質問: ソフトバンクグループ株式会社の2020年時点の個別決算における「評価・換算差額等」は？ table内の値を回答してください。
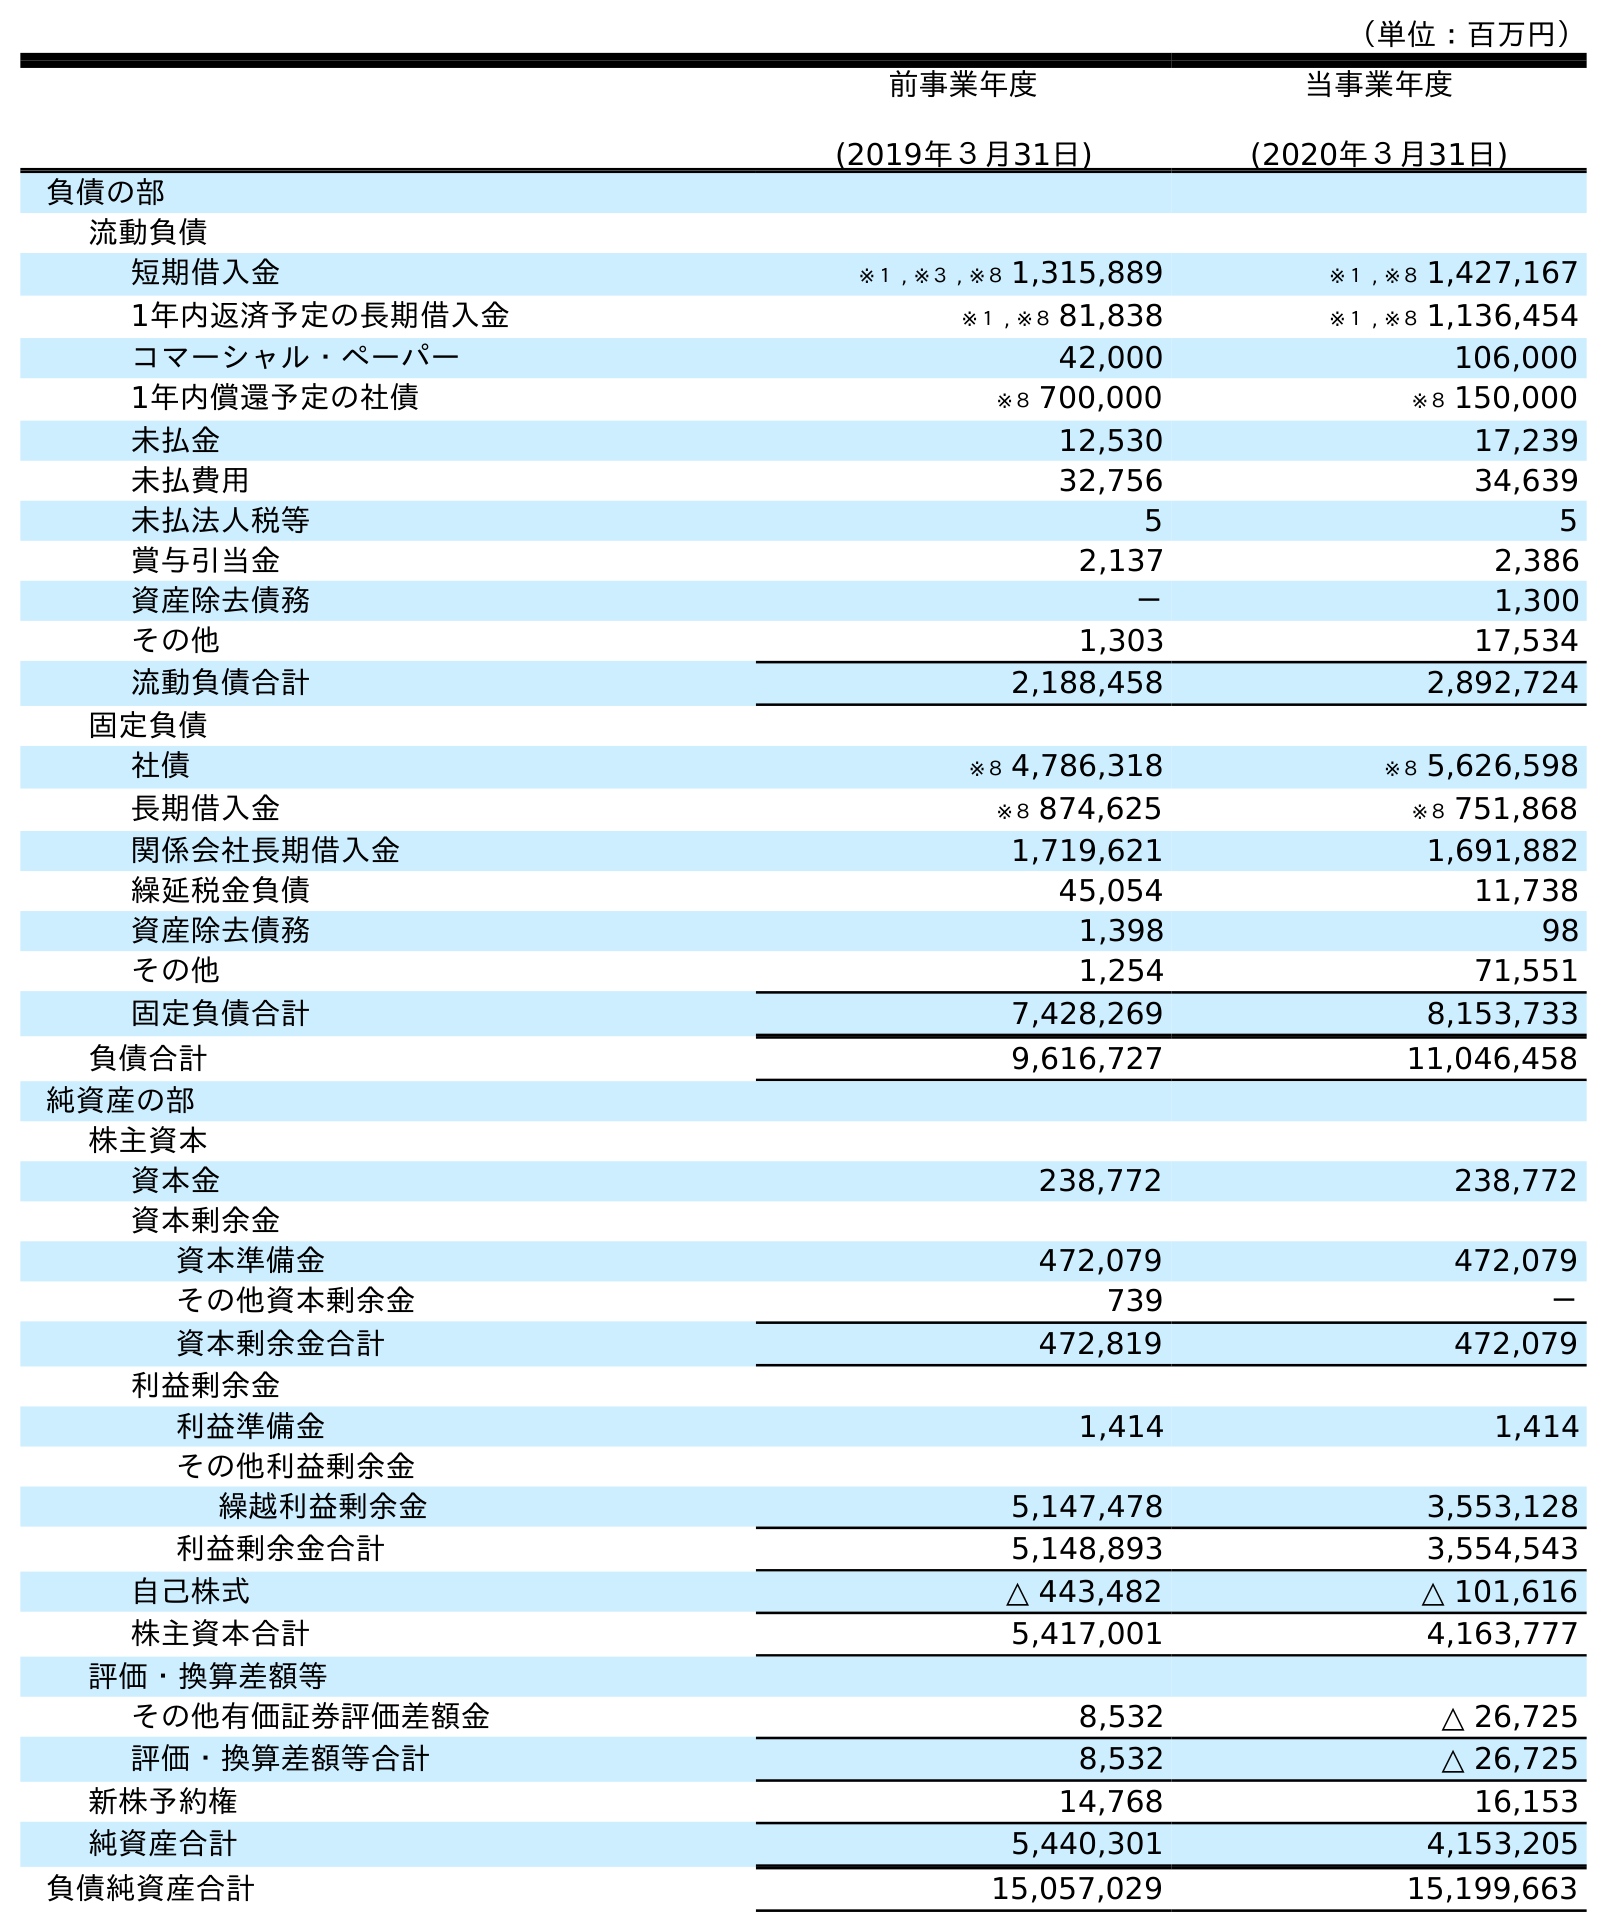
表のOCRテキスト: （単位：百万円） 前事業年度 (2019年３月31日) 当事業年度 (2020年３月31日) 負債の部 流動負債 短期借入金 ※１ , ※３ , ※８ 1,315,889 ※１ , ※８ 1,427,167 1年内返済予定の長期借入金 ※１ , ※８ 81,838 ※１ , ※８ 1,136,454 コマーシャル・ペーパー 42,000 106,000 1年内償還予定の社債 ※８ 700,000 ※８ 150,000 未払金 12,530 17,239 未払費用 32,756 34,639 未払法人税等 5 5 賞与引当金 2,137 2,386 資産除去債務 － 1,300 その他 1,303 17,534 流動負債合計 2,188,458 2,892,724 固定負債 社債 ※８ 4,786,318 ※８ 5,626,598 長期借入金 ※８ 874,625 ※８ 751,868 関係会社長期借入金 1,719,621 1,691,882 繰延税金負債 45,054 11,738 資産除去債務 1,398 98 その他 1,254 71,551 固定負債合計 7,428,269 8,153,733 負債合計 9,616,727 11,046,458 純資産の部 株主資本 資本金 238,772 238,772 資本剰余金 資本準備金 472,079 472,079 その他資本剰余金 739 － 資本剰余金合計 472,819 472,079 利益剰余金 利益準備金 1,414 1,414 その他利益剰余金 繰越利益剰余金 5,147,478 3,553,128 利益剰余金合計 5,148,893 3,554,543 自己株式 △ 443,482 △ 101,616 株主資本合計 5,417,001 4,163,777 評価・換算差額等 その他有価証券評価差額金 8,532 △ 26,725 評価・換算差額等合計 8,532 △ 26,725 新株予約権 14,768 16,153 純資産合計 5,440,301 4,153,205 負債純資産合計 15,057,029 15,199,663
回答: △26,725